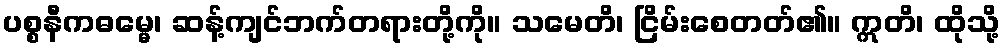
ပစ္စနီကဓမ္မေ၊ ဆန့်ကျင်ဘက်တရားတို့ကို။ သမေတိ၊ ငြိမ်းစေတတ်၏။ ဣတိ၊ ထိုသို့